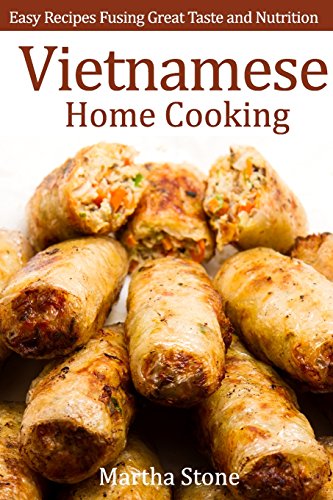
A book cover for Vietnamese Home Cooking: Easy Recipes Fusing Great Taste and Nutrition; Martha Stone; Cookbooks, Food & Wine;